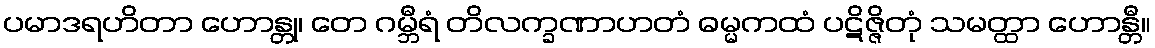
ပမာဒရဟိတာ ဟောန္တု၊ တေ ဂမ္ဘီရံ တိလက္ခဏာဟတံ ဓမ္မကထံ ပဋိဇ္ဇိတုံ သမတ္ထာ ဟောန္တီ။